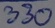
Text: 330